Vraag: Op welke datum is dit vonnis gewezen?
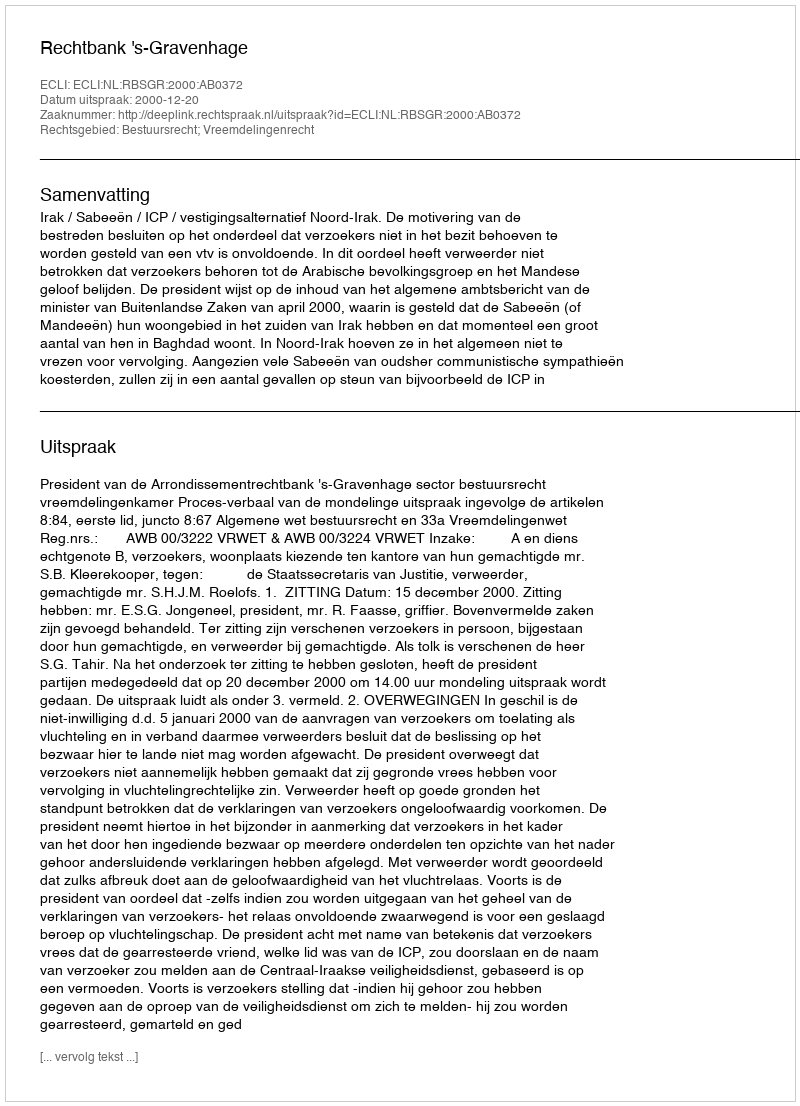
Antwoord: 2000-12-20